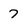
Character: 7